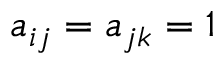
a _ { i j } = a _ { j k } = 1